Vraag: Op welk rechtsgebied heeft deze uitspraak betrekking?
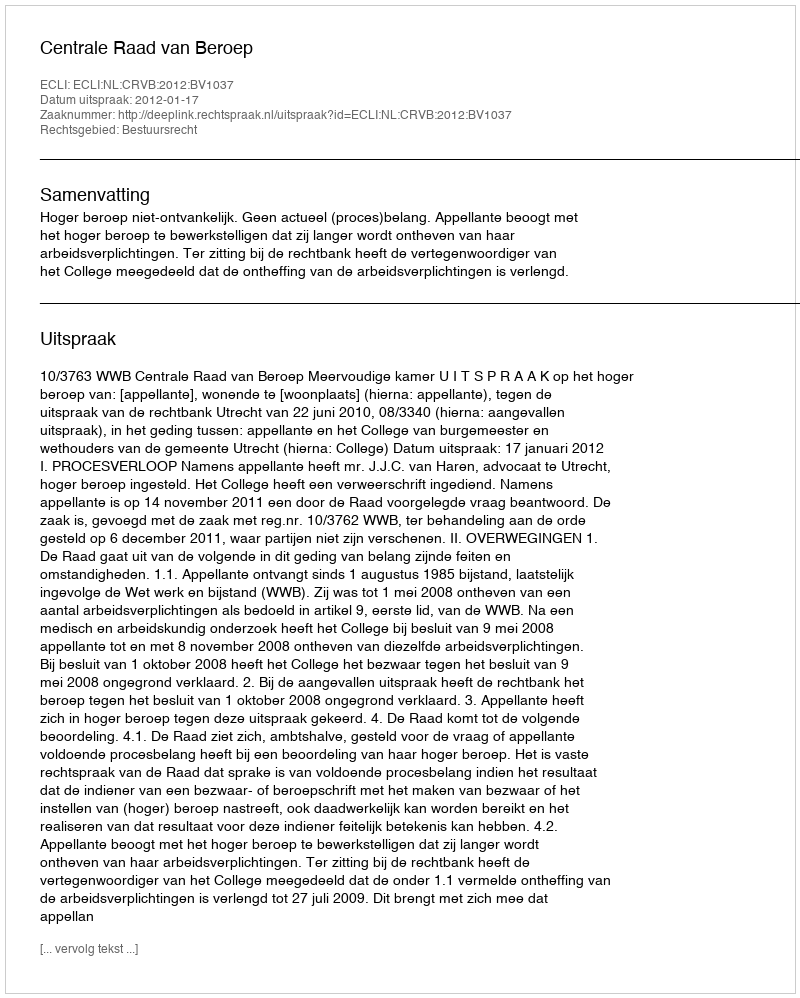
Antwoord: Bestuursrecht